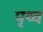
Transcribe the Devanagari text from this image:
पृथ्व